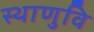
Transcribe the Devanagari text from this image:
स्थाणुवि